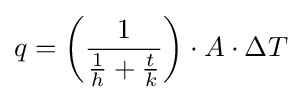
q=\left({1 \over {{1 \over h}+{t \over k}}}\right)\cdot A\cdot \Delta T